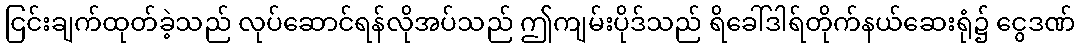
ငြင်းချက်ထုတ်ခဲ့သည် လုပ်ဆောင်ရန်လိုအပ်သည် ဤကျမ်းပိုဒ်သည် ရိခေါ်ဒါရ်တိုက်နယ်ဆေးရုံ၌ ငွေဒဏ်